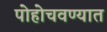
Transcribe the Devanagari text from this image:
पोहोचवण्यात